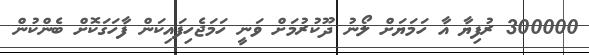
300000 ރުފިޔާ އާ ހަމަޔަށް ލޯނު ދޫކުރުމަށް ވަނީ ހަމަޖެހިފައިކަން ފާހަގަކޮށް ބެންކުން